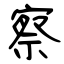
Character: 察